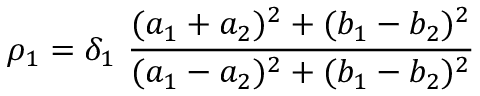
\rho _ { 1 } = \delta _ { 1 } \ \frac { ( a _ { 1 } + a _ { 2 } ) ^ { 2 } + ( b _ { 1 } - b _ { 2 } ) ^ { 2 } } { ( a _ { 1 } - a _ { 2 } ) ^ { 2 } + ( b _ { 1 } - b _ { 2 } ) ^ { 2 } }